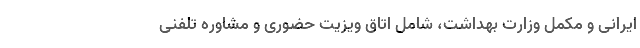
ایرانی و مکمل وزارت بهداشت، شامل اتاق ویزیت حضوری و مشاوره تلفنی